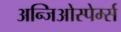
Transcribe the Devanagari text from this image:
अन्जिओस्पेर्म्स